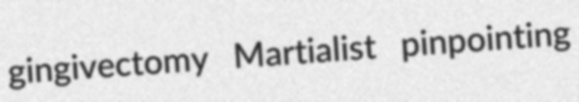
gingivectomy Martialist pinpointing